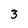
Character: 3